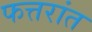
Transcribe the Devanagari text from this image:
फत्तरांत